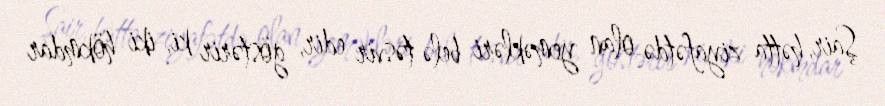
Şair, hətta ziyafətdə olan yeməkləri belə təsvir edir, göstərir ki, iki hökmdar